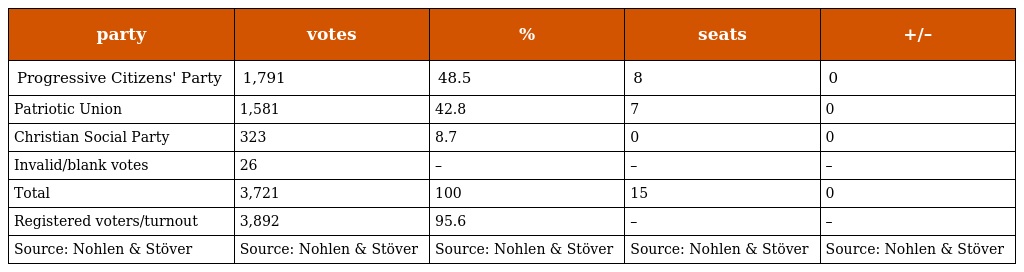
| party | votes | % | seats | +/– |
 | --- | --- | --- | --- | --- |
 | Progressive Citizens' Party | 1,791 | 48.5 | 8 | 0 |
 | Patriotic Union | 1,581 | 42.8 | 7 | 0 |
 | Christian Social Party | 323 | 8.7 | 0 | 0 |
 | Invalid/blank votes | 26 | – | – | – |
 | Total | 3,721 | 100 | 15 | 0 |
 | Registered voters/turnout | 3,892 | 95.6 | – | – |
 | Source: Nohlen & Stöver | Source: Nohlen & Stöver | Source: Nohlen & Stöver | Source: Nohlen & Stöver | Source: Nohlen & Stöver |